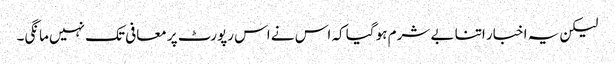
لیکن یہ اخبار اتنا بے شرم ہو گیا کہ اس نے اس رپورٹ پر معافی تک نہیں مانگی۔